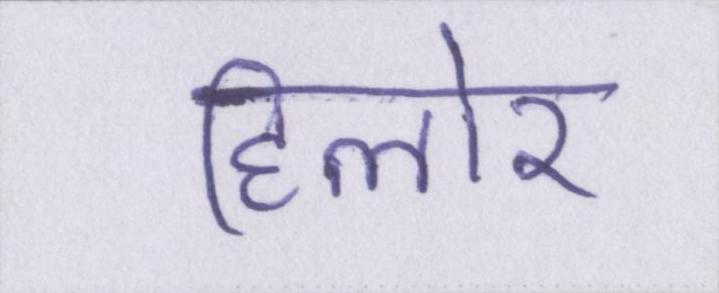
हिलोर